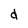
Character: d